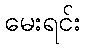
မေးရင်း